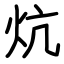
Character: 炕